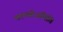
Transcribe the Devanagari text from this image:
कामबीजमिति